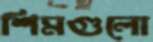
শিমগুলো